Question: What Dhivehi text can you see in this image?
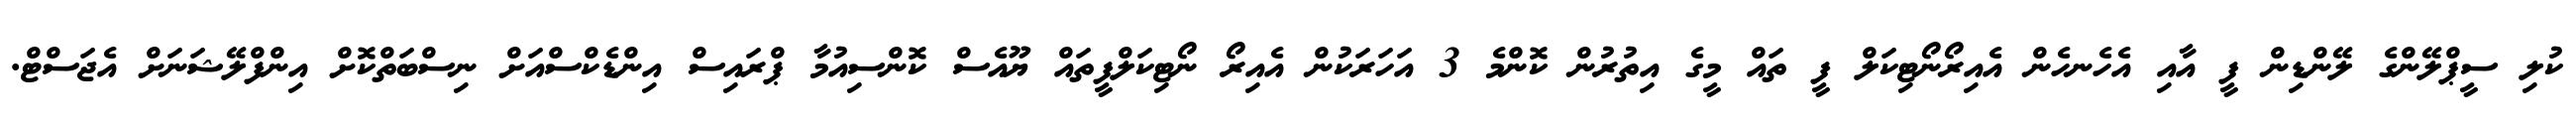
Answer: ކުލި ސީޕްލޭންގެ ލޭންޑިން ފީ އާއި އެހެނހެން އެއިރޯނޯޓިކަލް ފީ ތައް މީގެ އިތުރުން ކޮންމެ 3 އަހަރަކުން އެއިރޯ ނޯޓިކަލްފީތައް ޔޫއެސް ކޮންސިއުމާ ޕްރައިސް އިންޑެކްސްއަށް ނިސްބަތްކޮށް އިންފްލޭޝަނަށް އެޖަސްޓް.